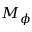
M _ { \phi }